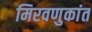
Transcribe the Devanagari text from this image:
मिरवणुकांत